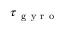
\boldsymbol { \tau } _ { \mathrm { ~ g ~ y ~ r ~ o ~ } }